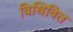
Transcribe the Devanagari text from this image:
विधिवित